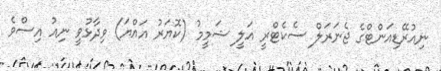
ނިއުރޭޑިއަންޓްގެ ޖެނަރަލް ސެކެޓްރީ އަލީ ޝަމީމު (ކޮޔަރު އައްޔަ) ވިދާޅުވީ ނިއު އިސްވެ